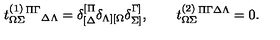
t _ { \Omega \Sigma } ^ { ( 1 ) } { } ^ { \Pi \Gamma } { } _ { \Delta \Lambda } = \delta _ { [ \Delta } ^ { [ \Pi } \delta _ { \Lambda ] [ \Omega } \delta _ { \Sigma ] } ^ { \Gamma ] } , \qquad t _ { \Omega \Sigma } ^ { ( 2 ) } { } ^ { \Pi \Gamma \Delta \Lambda } = 0 .